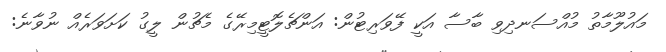
މައުލޫމާތު މުއްސަނދިވި ބާސާ އަކީ ފޭވަރިޓުން: އަންޗެލޮޓީމިރޭގެ މެޗުން ލީގު ކަށަވަރެއް ނުވާނެ: